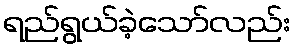
ရည်ရွယ်ခဲ့သော်လည်း